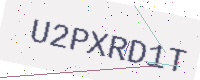
Text: U2PXRD1T